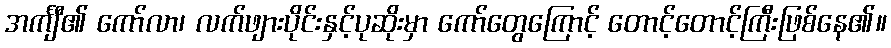
အင်္ကျီ၏ ကော်လာ၊ လက်ဖျားပိုင်းနှင့်ပုဆိုးမှာ ကော်တွေကြောင့် တောင့်တောင့်ကြီးဖြစ်နေ၏။